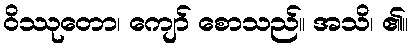
ဝိဿုတော၊ ကျော် စောသည်။ အသိ၊ ၏။